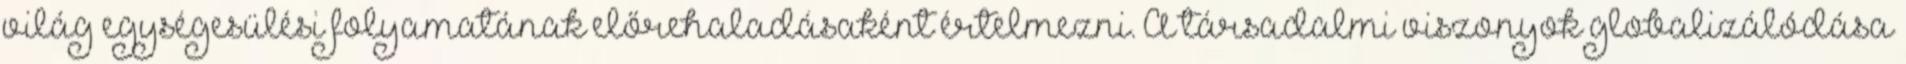
világ egységesülési folyamatának előrehaladásaként értelmezni. A társadalmi viszonyok globalizálódása